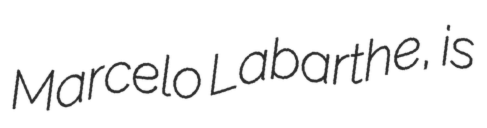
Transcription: Marcelo Labarthe, is